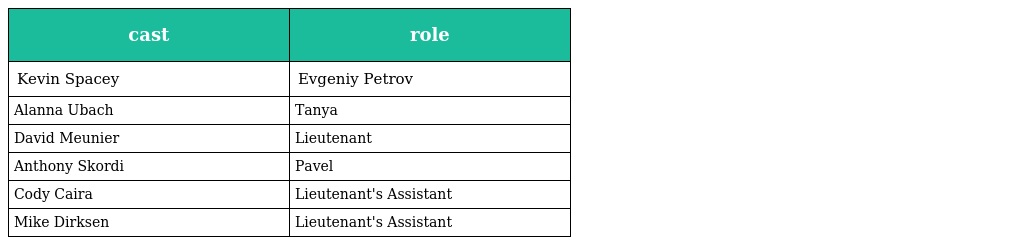
| cast | role |
 | --- | --- |
 | Kevin Spacey | Evgeniy Petrov |
 | Alanna Ubach | Tanya |
 | David Meunier | Lieutenant |
 | Anthony Skordi | Pavel |
 | Cody Caira | Lieutenant's Assistant |
 | Mike Dirksen | Lieutenant's Assistant |